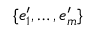
\{ e _ { 1 } ^ { \prime } , \ldots , e _ { m } ^ { \prime } \}